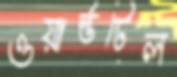
ওয়ার্ল্ডটেল